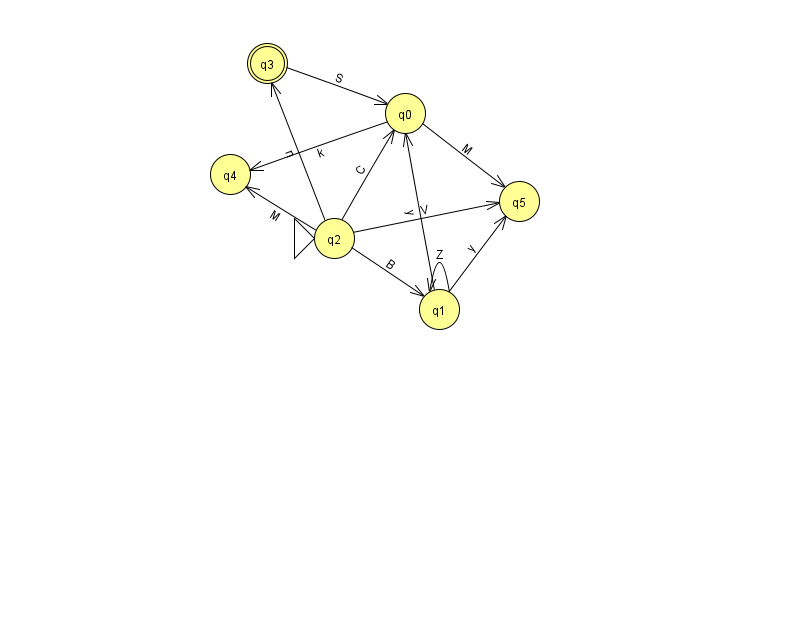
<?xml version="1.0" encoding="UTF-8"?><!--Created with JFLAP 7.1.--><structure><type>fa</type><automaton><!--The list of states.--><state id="0" name="q0"><x>405.0</x><y>100.0</y></state><state id="1" name="q1"><x>439.0</x><y>296.0</y></state><state id="2" name="q2"><x>334.0</x><y>225.0</y><initial/></state><state id="3" name="q3"><x>267.0</x><y>50.0</y><final/></state><state id="4" name="q4"><x>230.0</x><y>161.0</y></state><state id="5" name="q5"><x>519.0</x><y>188.0</y></state><!--The list of transitions.--><transition><from>3</from><to>0</to><read>S</read></transition><transition><from>0</from><to>5</to><read>M</read></transition><transition><from>2</from><to>4</to><read>M</read></transition><transition><from>2</from><to>5</to><read>V</read></transition><transition><from>2</from><to>3</to><read>n</read></transition><transition><from>2</from><to>1</to><read>B</read></transition><transition><from>1</from><to>0</to><read>y</read></transition><transition><from>1</from><to>1</to><read>Z</read></transition><transition><from>2</from><to>0</to><read>C</read></transition><transition><from>1</from><to>5</to><read>y</read></transition><transition><from>0</from><to>4</to><read>k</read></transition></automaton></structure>